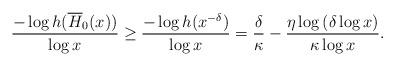
LaTeX: \begin{align*}& \frac{-\log h(\overline H_0(x))}{\log x} \geq \frac{-\log h(x^{-\delta})}{\log x}= \frac{\delta}{\kappa} - \frac{\eta \log \left(\delta \log x\right) }{\kappa \log x}.\end{align*}